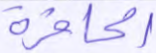
الحافرة